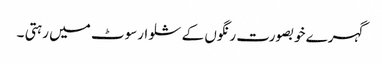
گہرے خوبصورت رنگوں کے شلوارسوٹ میں رہتی ۔